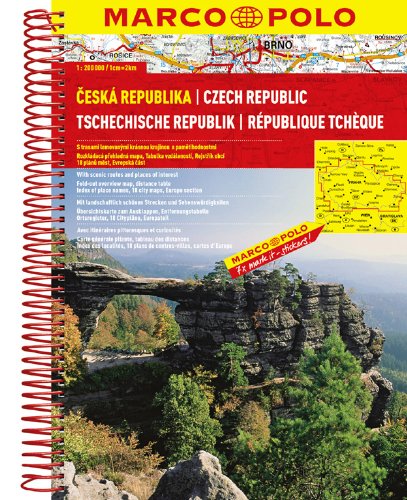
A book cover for Czech Republic Marco Polo Road Atlas; Marco Polo Travel; Travel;